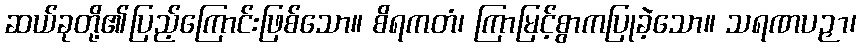
ဆယ်ခုတို့၏ပြည့်ကြောင်းဖြစ်သော။ စိရကတံ၊ ကြာမြင့်စွာကပြုခဲ့သော။ သရဏပဉှာ၊